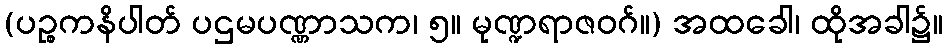
(ပဉ္စကနိပါတ် ပဌမပဏ္ဏာသက၊ ၅။ မုဏ္ဍရာဇဝဂ်။) အထခေါ၊ ထိုအခါ၌။